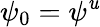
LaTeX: \psi_{0}=\psi^{\mathit{u}}